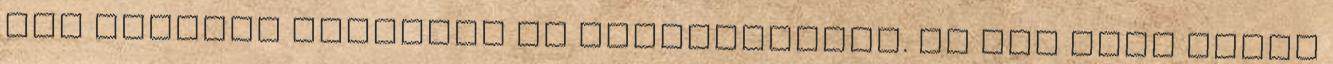
fel akarták turbózni az ismereteiket. Én meg jobb híján